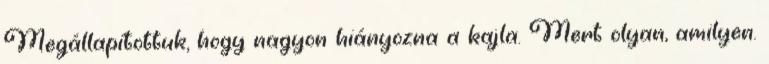
Megállapítottuk, hogy nagyon hiányozna a kajla. Mert olyan, amilyen.